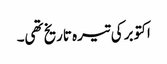
اکتوبر کی تیرہ تاریخ تھی۔